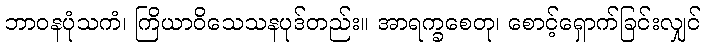
ဘာဝနပုံသကံ၊ ကြိယာဝိသေသနပုဒ်တည်း။ အာရက္ခစေတု၊ စောင့်ရှောက်ခြင်းလျှင်